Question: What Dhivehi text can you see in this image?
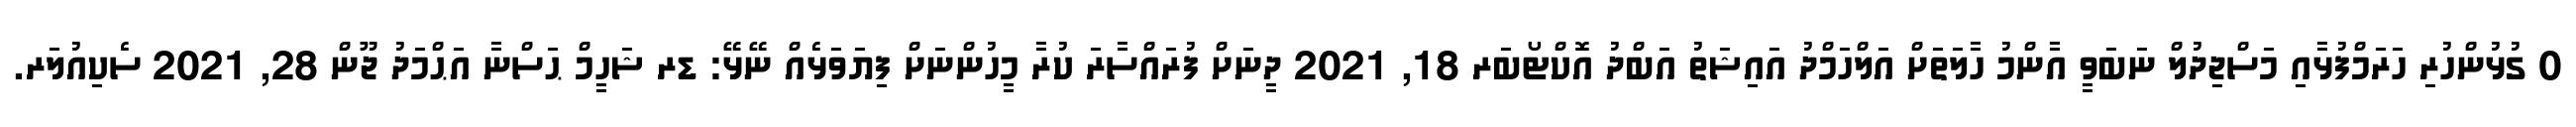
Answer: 0 ގުޅުންހުރި ހަރަމްފުޅާއި މަސްޖިދުލް ނަބަވީ އާންމު ހާލަތަށް އަލްހަމްދު އައިޝަތު އަބްދު އޮކްޓޯބަރ 18, 2021 ދީނަށް ފުރައްސާރަ ކުރާ މީހުންނަށް ފިޔަވަޅެއް ނޭޅޭ: ޑރ ޝަހީމް ޙަސްނާ އަޙްމަދު ޖޫން 28, 2021 ސެކިއުލަރ.